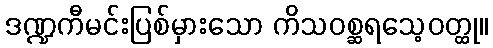
ဒဏ္ဍကီမင်းပြစ်မှားသော ကိသဝစ္ဆရသေ့ဝတ္ထု။